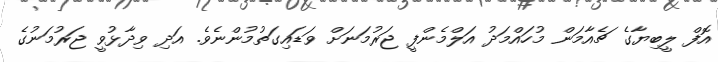
އޮފް ލީބިޔާގެ ޗެއާމަން މުހައްމަދު އަލްމެންފީ ޖަރުމަނަށް ވަޑައިގަތުމުންނެވެ. އަދި ވިދާޅުވީ ޖަރުމަނުގެ